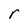
Character: r